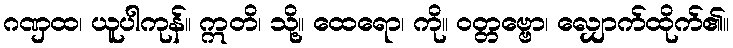
ဂဏှထ၊ ယူပါကုန်။ ဣတိ၊ သို့။ ထေရော၊ ကို။ ဝတ္တဗ္ဗော၊ လျှောက်ထိုက်၏။